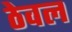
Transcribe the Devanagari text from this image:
ठेवल